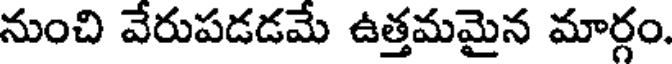
నుంచి వేరుపడడమే ఉత్తమమైన మార్గం.